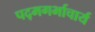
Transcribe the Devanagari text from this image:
पद्मगर्भाचार्य